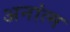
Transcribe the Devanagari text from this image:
अनांत्म